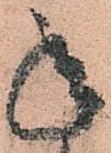
承